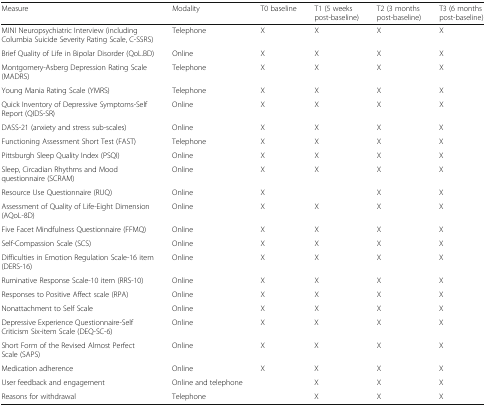
<table><thead><tr><td><b>Measure</b></td><td><b>Modality</b></td><td><b>T0 baseline</b></td><td><b>T1 (5 weeks post-baseline)</b></td><td><b>T2 (3 months post-baseline)</b></td><td><b>T3 (6 months post-baseline)</b></td></tr></thead><tbody><tr><td>MINI Neuropsychiatric Interview (including Columbia Suicide Severity Rating Scale, C-SSRS)</td><td>Telephone</td><td>X</td><td>X</td><td>X</td><td>X</td></tr><tr><td>Brief Quality of Life in Bipolar Disorder (QoL.BD)</td><td>Online</td><td>X</td><td>X</td><td>X</td><td>X</td></tr><tr><td>Montgomery-Asberg Depression Rating Scale (MADRS)</td><td>Telephone</td><td>X</td><td>X</td><td>X</td><td>X</td></tr><tr><td>Young Mania Rating Scale (YMRS)</td><td>Telephone</td><td>X</td><td>X</td><td>X</td><td>X</td></tr><tr><td>Quick Inventory of Depressive Symptoms-Self Report (QIDS-SR)</td><td>Online</td><td>X</td><td>X</td><td>X</td><td>X</td></tr><tr><td>DASS-21 (anxiety and stress sub-scales)</td><td>Online</td><td>X</td><td>X</td><td>X</td><td>X</td></tr><tr><td>Functioning Assessment Short Test (FAST)</td><td>Telephone</td><td>X</td><td>X</td><td>X</td><td>X</td></tr><tr><td>Pittsburgh Sleep Quality Index (PSQI)</td><td>Online</td><td>X</td><td>X</td><td>X</td><td>X</td></tr><tr><td>Sleep, Circadian Rhythms and Mood questionnaire (SCRAM)</td><td>Online</td><td>X</td><td>X</td><td>X</td><td>X</td></tr><tr><td>Resource Use Questionnaire (RUQ)</td><td>Online</td><td>X</td><td></td><td>X</td><td>X</td></tr><tr><td>Assessment of Quality of Life-Eight Dimension (AQoL-8D)</td><td>Online</td><td>X</td><td>X</td><td>X</td><td>X</td></tr><tr><td>Five Facet Mindfulness Questionnaire (FFMQ)</td><td>Online</td><td>X</td><td>X</td><td>X</td><td>X</td></tr><tr><td>Self-Compassion Scale (SCS)</td><td>Online</td><td>X</td><td>X</td><td>X</td><td>X</td></tr><tr><td>Difficulties in Emotion Regulation Scale-16 item (DERS-16)</td><td>Online</td><td>X</td><td>X</td><td>X</td><td>X</td></tr><tr><td>Ruminative Response Scale-10 item (RRS-10)</td><td>Online</td><td>X</td><td>X</td><td>X</td><td>X</td></tr><tr><td>Responses to Positive Affect scale (RPA)</td><td>Online</td><td>X</td><td>X</td><td>X</td><td>X</td></tr><tr><td>Nonattachment to Self Scale</td><td>Online</td><td>X</td><td>X</td><td>X</td><td>X</td></tr><tr><td>Depressive Experience Questionnaire-Self Criticism Six-item Scale (DEQ-SC-6)</td><td>Online</td><td>X</td><td>X</td><td>X</td><td>X</td></tr><tr><td>Short Form of the Revised Almost Perfect Scale (SAPS)</td><td>Online</td><td>X</td><td>X</td><td>X</td><td>X</td></tr><tr><td>Medication adherence</td><td>Online</td><td>X</td><td>X</td><td>X</td><td>X</td></tr><tr><td>User feedback and engagement</td><td>Online and telephone</td><td></td><td>X</td><td>X</td><td>X</td></tr><tr><td>Reasons for withdrawal</td><td>Telephone</td><td></td><td>X</td><td>X</td><td>X</td></tr></tbody></table>